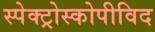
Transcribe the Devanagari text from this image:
स्पेक्ट्रोस्कोपीविद